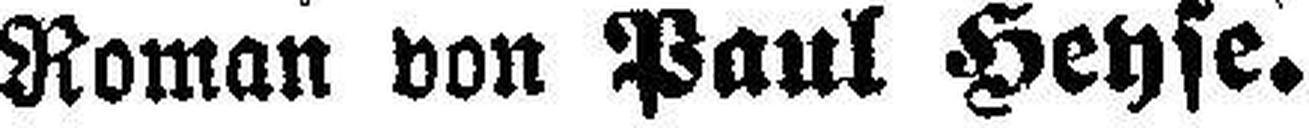
Roman von Paul Heyse.